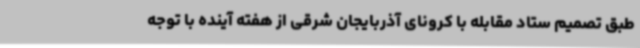
طبق تصمیم ستاد مقابله با کرونای آذربایجان شرقی از هفته آینده با توجه